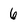
Character: 6